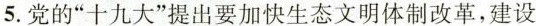
5.党的”十九大”提出要加快生态文明体制改革，建设